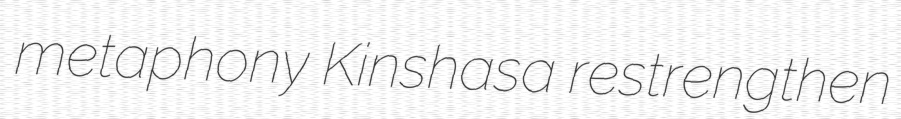
metaphony Kinshasa restrengthen